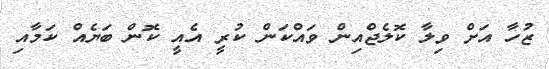
ޒުހާ އަށް ވިލާ ކޮލެޖްއިން ވައްކަން ކުރީ އެއީ ކޮން ބަޔެއް ކަމާއި